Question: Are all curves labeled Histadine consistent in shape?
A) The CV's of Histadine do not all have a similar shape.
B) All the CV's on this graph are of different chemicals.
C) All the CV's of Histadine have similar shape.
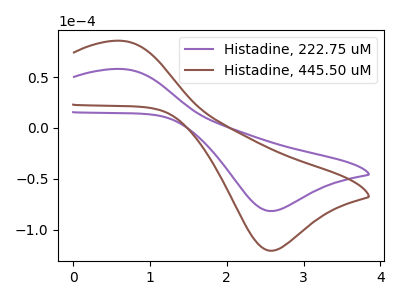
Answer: <think>The purple curve "Histadine, 222.75 uM" has an anodic peak at (0.65V, 57.85uA) and a cathodic peak at (2.55V, -81.55uA). The brown curve "Histadine, 445.50 uM" has an anodic peak at (0.65V, 85.50uA) and a cathodic peak at (2.55V, -120.50uA).
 All the peaks in "Histadine, 222.75 uM" have a peak in "Histadine, 445.50 uM" at the same potential. Every peak in "Histadine, 222.75 uM" is lower than every peak in "Histadine, 445.50 uM".</think>
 <answer>C) All the CV's of "Histadine" have similar shape.</answer>
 <eval>C</eval>